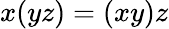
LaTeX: x(yz)=(xy)z